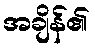
အချိန်၏